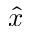
\hat { x }